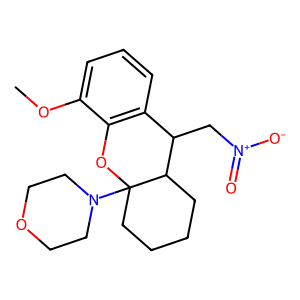
SMILES: COc1cccc2c1OC1(N3CCOCC3)CCCCC1C2C[N+](=O)[O-]
Inhibits HIV replication: No